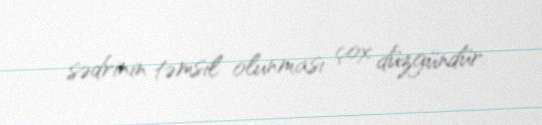
sədrinin təmsil olunması çox düzgündür.